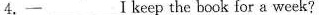
4.一 _________ I keep the book for a week?